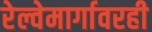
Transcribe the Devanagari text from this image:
रेल्वेमार्गावरही